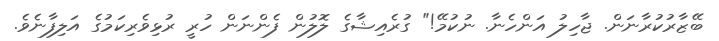
ބޭޒާރުކުރާނަން. ޖާހިލު އަންހެނާ. ނުކުމޭ!" ގުރެއިޝާގެ ލޮލުން ފެންނަން ހުރީ ރުޅިވެރިކަމުގެ އަލިފާނެވެ.